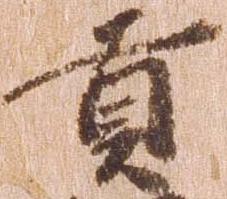
貢